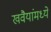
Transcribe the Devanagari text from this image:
खवैयांमध्ये